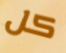
كل